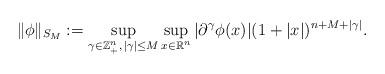
LaTeX: \begin{align*}\|\phi\|_{S_M}:=\sup_{\gamma\in\mathbb{Z}_+^n,\,|\gamma|\leq M}\sup_{x\in\mathbb{R}^n}|\partial^\gamma\phi(x)|(1+|x|)^{n+M+|\gamma|}.\end{align*}